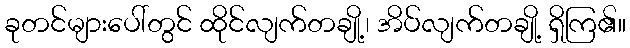
ခုတင်များပေါ်တွင် ထိုင်လျက်တချို့၊ အိပ်လျက်တချို့ ရှိကြ၏။